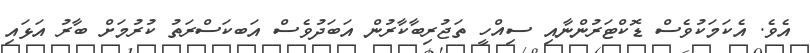
އެވެ. އެކަމަކުވެސް ޑޮކްޓަރުންނާއި ސިއްހީ ތަޖުރިބާކާރުން އަބަދުވެސް އަބކަސްރަތު ކުރުމަށް ބާރު އަޅައި